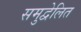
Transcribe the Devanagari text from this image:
समुद्वेलित